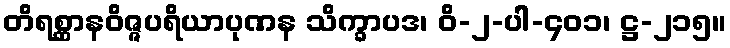
တိရစ္ဆာနဝိဇ္ဇပရိယာပုဏန သိက္ခာပဒ၊ ဝိ-၂-ပါ-၄၀၁၊ ဋ္ဌ-၂၁၅။